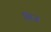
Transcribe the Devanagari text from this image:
शिज़